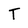
Character: T